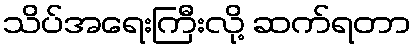
သိပ်အရေးကြီးလို့ ဆက်ရတာ